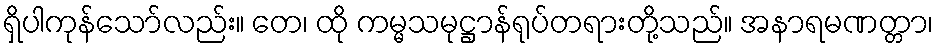
ရှိပါကုန်သော်လည်း။ တေ၊ ထို ကမ္မသမုဋ္ဌာန်ရုပ်တရားတို့သည်။ အနာရမဏတ္တာ၊